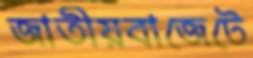
জাতীয়বাজেটে